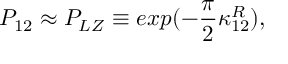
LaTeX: P _ { 1 2 } \approx P _ { L Z } \equiv e x p ( - \frac { \pi } { 2 } \kappa _ { 1 2 } ^ { R } ) ,